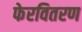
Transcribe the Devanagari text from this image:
फेरवितरण